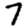
Digit: 7